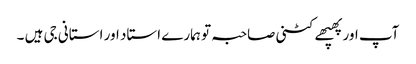
آپ اور پھپھے کٹنی صاحبہ تو ہمارے استاد اور استانی جی ہیں ۔